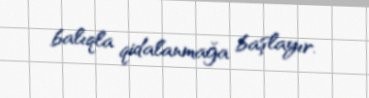
balıqla qidalanmağa başlayır.